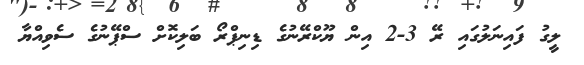
ލީގު ފައިނަލުގައި ރޭ 3-2 އިން ޔޫކްރޭނުގެ ޑިނިޕްރޯ ބަލިކޮށް ސްޕޭނުގެ ސެވިއްޔާ